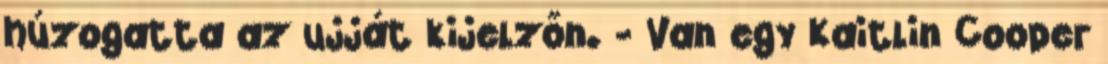
húzogatta az ujját kijelzőn. - Van egy Kaitlin Cooper